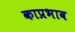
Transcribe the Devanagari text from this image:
काप्रभाव